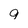
Character: 9